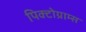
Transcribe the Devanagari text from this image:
पिक्टोग्राम्स